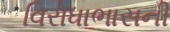
વિરોધાભાસની